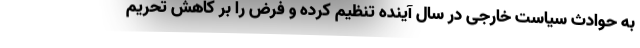
به حوادث سیاست خارجی در سال آینده تنظیم کرده و فرض را بر کاهش تحریم